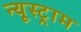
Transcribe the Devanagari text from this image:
न्यूस्ट्राम